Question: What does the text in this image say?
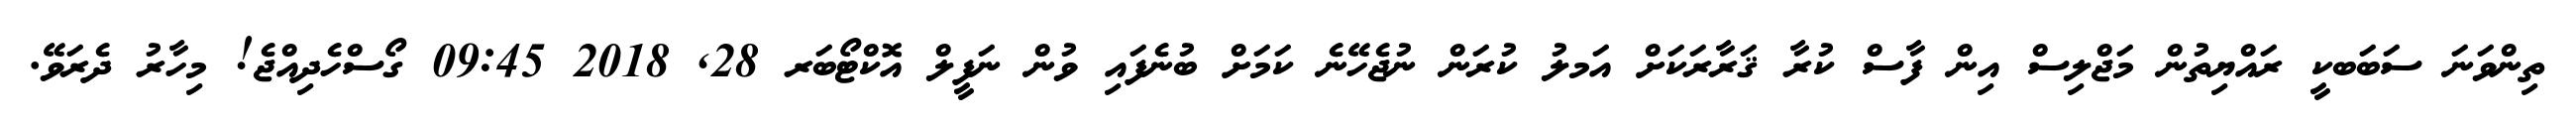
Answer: ތިންވަނަ ސަބަބކީ ރައްޔިތުން މަޖްލިސް އިން ފާސް ކުރާ ޤަރާރަކަށް އަމލު ކުރަން ނުޖެހޭނެ ކަމަށް ބުނެފައި ވުން ނަފީލް އޮކްޓޯބަރ 28, 2018 09:45 ގޯސްހެދިއްޖެ! މިހާރު ދެރަވޭ.